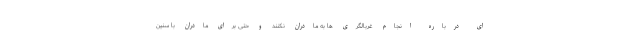
ای درباره انجام غربالگری ها به مادران نکنند و حتی برای مادران با سنین